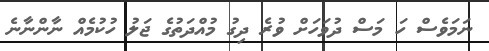
ނަމަވެސް ހަ މަސް ދުވަހަށް ވުރެ ދިގު މުއްދަތުގެ ޖަލު ހުކުމެއް ނާންނާނެ